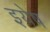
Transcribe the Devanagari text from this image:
इयेष